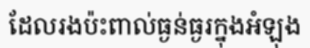
ដែលរងប៉ះពាល់ធ្ងន់ធ្ងរក្នុងអំឡុង